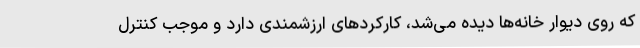
که روی دیوار خانه‌ها دیده می‌شد، کارکردهای ارزشمندی دارد و موجب کنترل